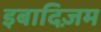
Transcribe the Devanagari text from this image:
इबादिज़म